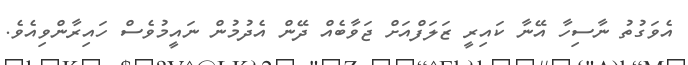
އެވަގުތު ނާސިހާ އޭނާ ކައިރީ ޒަލަފްއަށް ޖަވާބެއް ދޭން އެދުމުން ނައީމުވެސް ހައިރާންވިއެވެ.